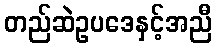
တည်ဆဲဥပဒေနှင့်အညီ